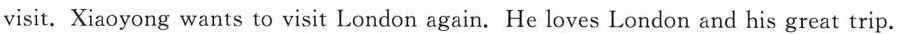
visit. Xiaoyong wants to visit London again. He loves London and his great trip.